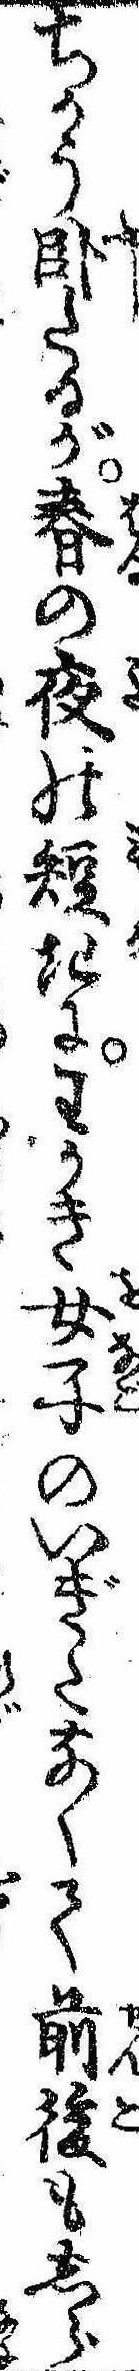
ちかう臥たるが春の夜の短きにわかき女子のいぎたなくて前後もしら